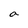
Character: a